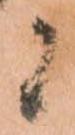
候